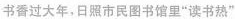
书香过大年，日照市民图书馆里”读书热”